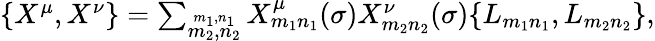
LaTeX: \begin{array}{lcr}{{\{ X^{\mu},X^{\nu}\} =\sum_{\stackrel{m_{1},n_{1}}{m_{2},n_{2}}}X_{m_{1}n_{1}}^{\mu}(\sigma)X_{m_{2}n_{2}}^{\nu}(\sigma)\{ L_{m_{1}n_{1}},L_{m_{2}n_{2}}\} ,}}\end{array}